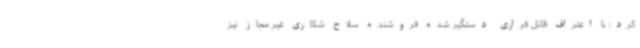
کرد: با اعتراف قاتل فراری دستگیر شده فروشنده سلاح شکاری غیر مجاز نیز